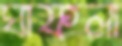
ঘাফলা